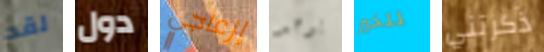
لقد دول إزعاجي يوجد للخير ذكرتني